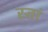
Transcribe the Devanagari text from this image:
स्तां